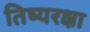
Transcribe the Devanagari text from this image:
तिष्यरक्षा